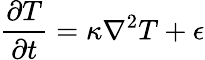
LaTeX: {\frac{\partial T}{\partial t}}=\kappa\nabla^{2}T+\epsilon